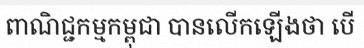
ពាណិជ្ជកម្មកម្ពុជា បានលើកឡើងថា បើ